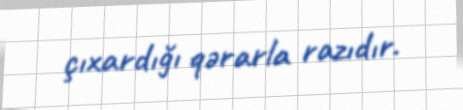
çıxardığı qərarla razıdır.